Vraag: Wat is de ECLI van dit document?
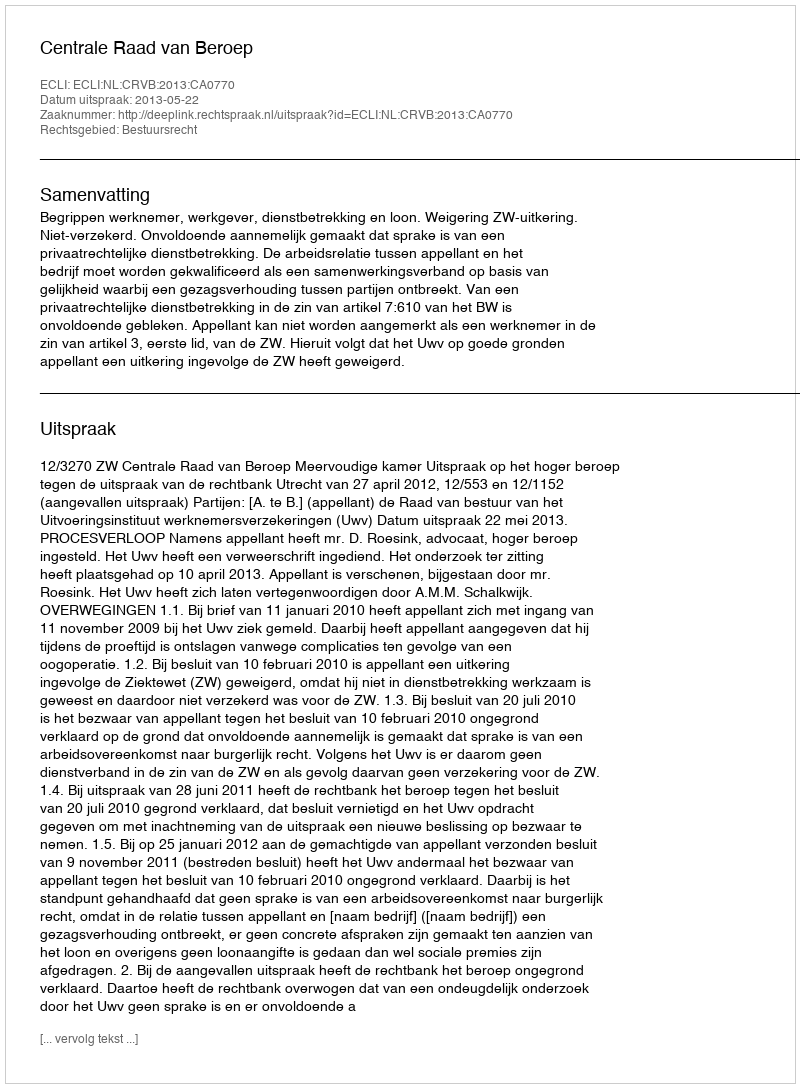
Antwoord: ECLI:NL:CRVB:2013:CA0770